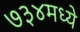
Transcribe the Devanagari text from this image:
७३४मध्ये